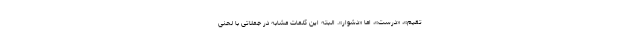
تقیم»، «درست»، اما «دشوار». البته این کلمات مشابه در جملاتی با لحنی